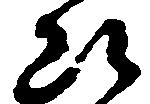
断